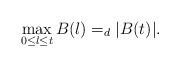
LaTeX: \begin{align*}\max_{0\le l \le t}B(l)=_d|B(t)|.\end{align*}